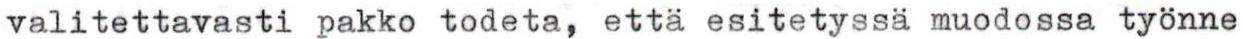
valitettavasti pakko todeta, että esitetyssä muodossa työnne